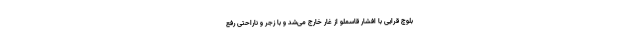
بلوچ قرایی با افشار قاسملو از غار خارج می‌شد و با زجر و ناراحتی رفع